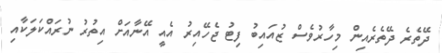
ދޭތެރެ ދޭތެރެއިން މިހާރުވެސް ޒުއައިބު ފިޓު ޖެހޭއިރު އެއީ އޭނާއަށް އިތުރު ނުރައްކަލަކާއި